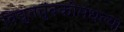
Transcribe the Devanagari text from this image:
विद्युतचुंबकीमधल्या